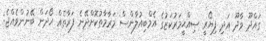
ގައްދޫ ވާދޫ އަދި ފިޔޯރީ ޞިއްޙީމަރުކަޒުގެ އެމްބިއުލާންސް މަރާމާތުކޮށްދޭނެ ފަރާތެއް ހޯދަން ބޭނުންވެއްޖެ: